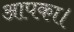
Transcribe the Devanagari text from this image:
आपका।